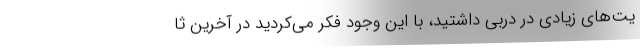
یت‌های زیادی در دربی داشتید، با این وجود فکر می‌کردید در آخرین ثا